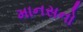
માનસનો